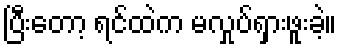
ပြီးတော့ ရင်ထဲက မလှုပ်ရှားဖူးခဲ့။